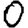
Digit: 0